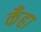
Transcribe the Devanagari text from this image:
कँहा